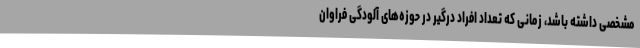
مشخصی داشته باشد، زمانی که تعداد افراد درگیر در حوزه‌های آلودگی فراوان